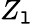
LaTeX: Z_{\mathtt{l}}